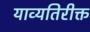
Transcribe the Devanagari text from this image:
याव्यतिरीक्त